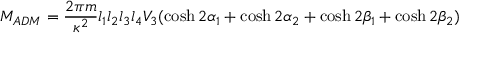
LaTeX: M _ { A D M } = \frac { 2 \pi m } { \kappa ^ { 2 } } l _ { 1 } l _ { 2 } l _ { 3 } l _ { 4 } V _ { 3 } ( \cosh 2 \alpha _ { 1 } + \cosh 2 \alpha _ { 2 } + \cosh 2 \beta _ { 1 } + \cosh 2 \beta _ { 2 } )